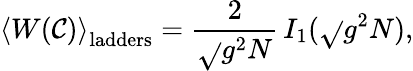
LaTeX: \left<W(\mathcal{C})\right>_{\mathrm{{ladders}}}=\frac{{2}}{{\sqrt{}{{g^{2}N}}}}\, I_{1}(\sqrt{}{{g^{2}N}}),